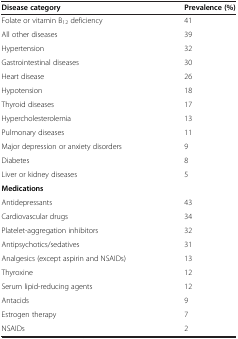
| Disease category | Prevalence (%) |
 | --- | --- |
 | Folate or vitamin B12 deficiency | 41 |
 | All other diseases | 39 |
 | Hypertension | 32 |
 | Gastrointestinal diseases | 30 |
 | Heart disease | 26 |
 | Hypotension | 18 |
 | Thyroid diseases | 17 |
 | Hypercholesterolemia | 13 |
 | Pulmonary diseases | 11 |
 | Major depression or anxiety disorders | 9 |
 | Diabetes | 8 |
 | Liver or kidney diseases | 5 |
 | Medications |  |
 | Antidepressants | 43 |
 | Cardiovascular drugs | 34 |
 | Platelet-aggregation inhibitors | 32 |
 | Antipsychotics/sedatives | 31 |
 | Analgesics (except aspirin and NSAIDs) | 13 |
 | Thyroxine | 12 |
 | Serum lipid-reducing agents | 12 |
 | Antacids | 9 |
 | Estrogen therapy | 7 |
 | NSAIDs | 2 |